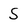
Character: S